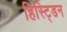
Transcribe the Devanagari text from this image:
हिस्ट्डिन